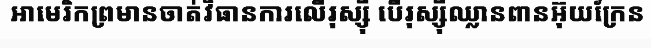
អាមេរិកព្រមានចាត់វិធានការលើរុស្ស៊ី បើរុស្ស៊ីឈ្លានពានអ៊ុយក្រែន